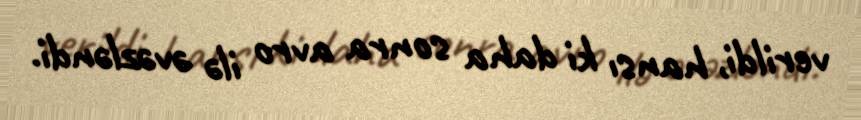
verildi, hansı ki daha sonra avro ilə əvəzləndi.